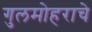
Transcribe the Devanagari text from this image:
गुलमोहराचे